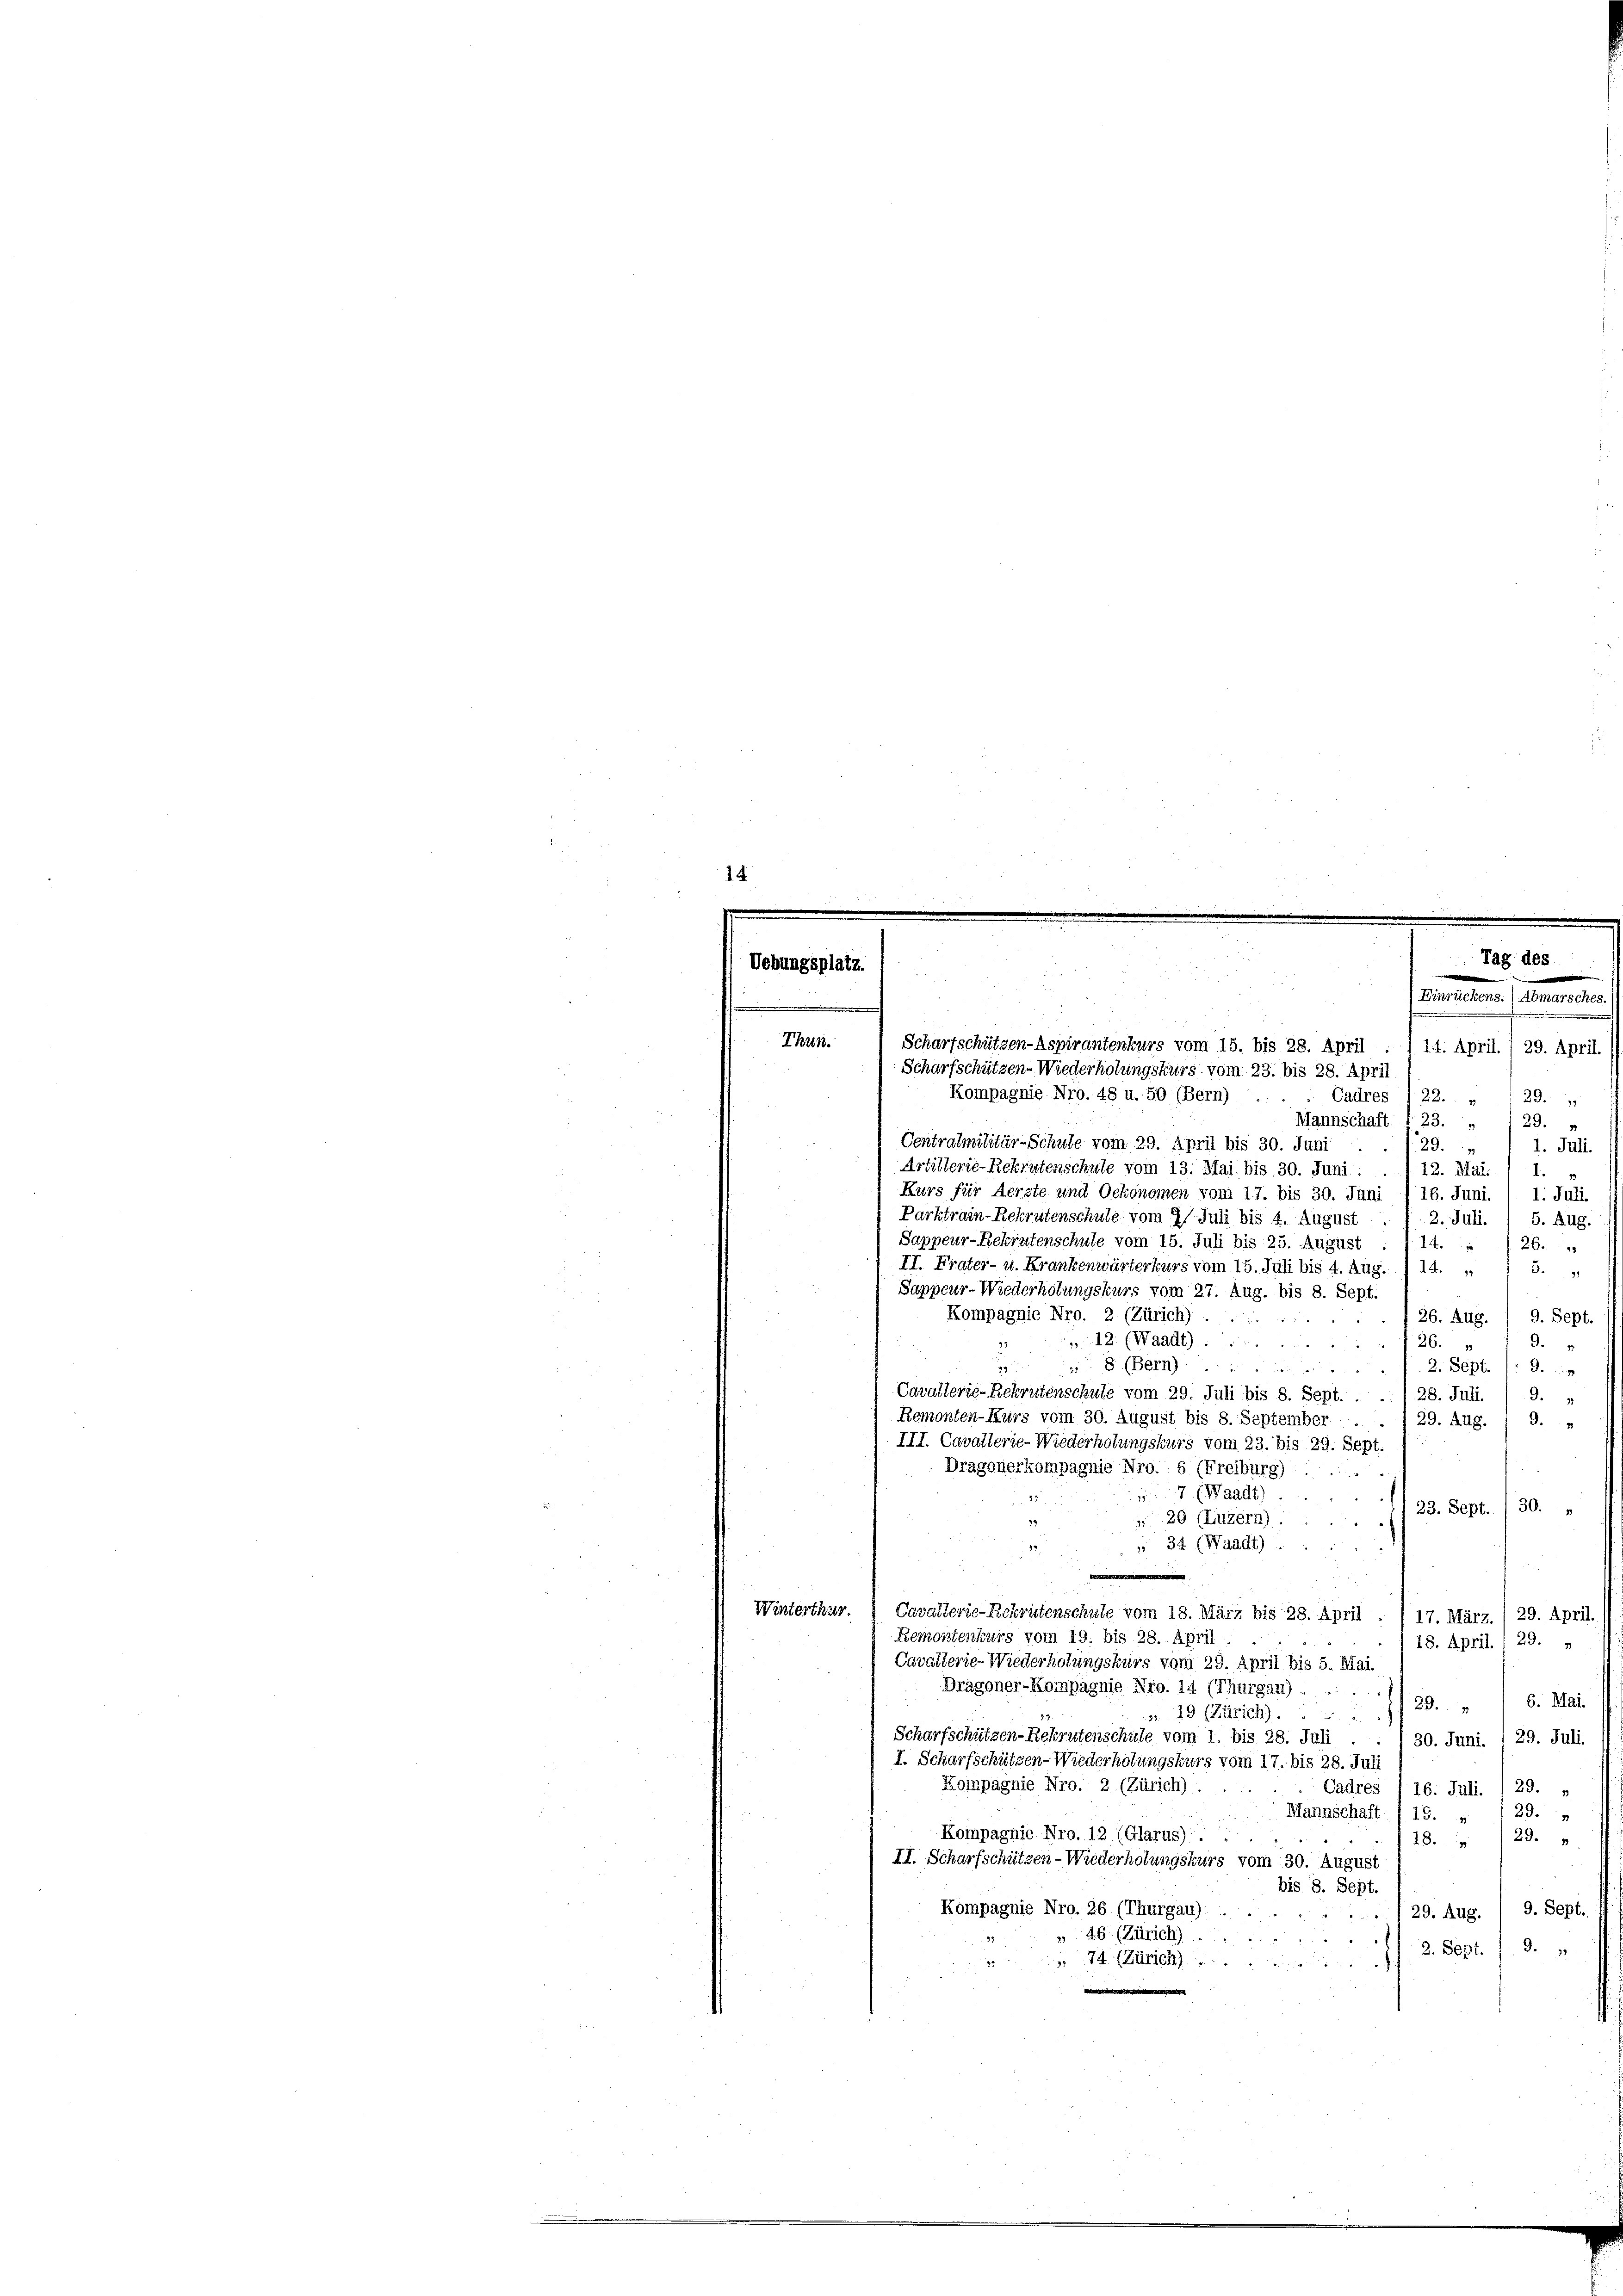
V.

Thun.

Kompagnie Nro. 48 u. 50. (Bern)
Mannschaft § 23. „ /29. „
Centralmilitär-Schule vom 29. April bis 30. Juni
129.
Artillerie-Rekrutenschule vom 13. Mai bis 30. Juni.
12. Mai.
Kurs für Aerzte und Oekonomen vom 17. bis 30. Juni / 16. Juni.
Parktrain-Rekrutenschule vom 21. Juli bis 4. August
Sappeur-Rekrutenschule vom 15. Juli bis 25. August . . 14. „ /26. „
II. Frater- u. Krankenwärterkurs vom 15. Juli bis 1. Aug. 14. „
Sappeur- Wiederholungskurs vom 27. Aug. bis 8. Sept.
Kompagnie Nro. 2 (Zürich).
26. Aug. / 9. Sept.
„ 12. (Waadt) .....
126.
 20 x
79
8 (Bern. 2. Sept. (: 9.
Cavallerie-Rekrutenschule vom 29. Juli bis 8. Sept. . .. 1. 28. Juli. ) 9. „
Remonten-Kurs vom 30. August bis 8. September
29. Aug.
3.
III. Cavallerie-Wiederholungskurs vom 23. bis 29. Sept.
Dragonerkompagnie Nro. 6 (Freiburg)

7. (Waadt)
 23. Sept./30.
20 (Luzern).
4
 34 (Waadt) .....
Winterthur.  Cavallerie-Rekrutenschule vom 18. März bis 28. April . / 17. März./29. April.
Remontenkurs vom 19. bis 28. April.
18. April. 1 29.
Cavallerie-Wiederholungskurs vom 29. April bis 5. Mai.
Dragoner-Kompagnie Nro. 14 (Thurgau) ....
29. „ 16. Mai.
3. 49 (Zürich) ......
Scharfschützen-Rekrutenschule vom 1. bis 28. Juli . . / 30. Juni. 1 29. Juli.
I. Scharfschützen-Wiederholungskurs vom 17. bis 28. Juli
Kompagnie Nro. 2. (Zürich).
Cadres 116. Juli. /29. v
29.
Mannschaft (15. 1
Kompagnie Nro. 12 (Glarus) . .
29.
18.
II. Scharfschützen-Wiederholungskurs vom 30. August
bis. 8. Sept.
Kompagnie Nro. 26. (Thurgau):
 29. Aug. / 9. Sept.
46 (Zürich).
d
2. Sept. 19. 1
74 (Zürich

i
Scharfschützen-Aspirantenkurs vom 15. bis 28. April . I 14. April. 1 29. April.
Scharfschützen-Wiederholungskurs vom 23. bis 28. April

lg des
) Einrückens.) Abmarsches.

Cadres /22. » ; 29.

1. Juli.
1
1. Juli
2. Juli. / 5. Aug.
8.
.